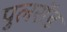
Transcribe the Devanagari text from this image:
पुलरॉड